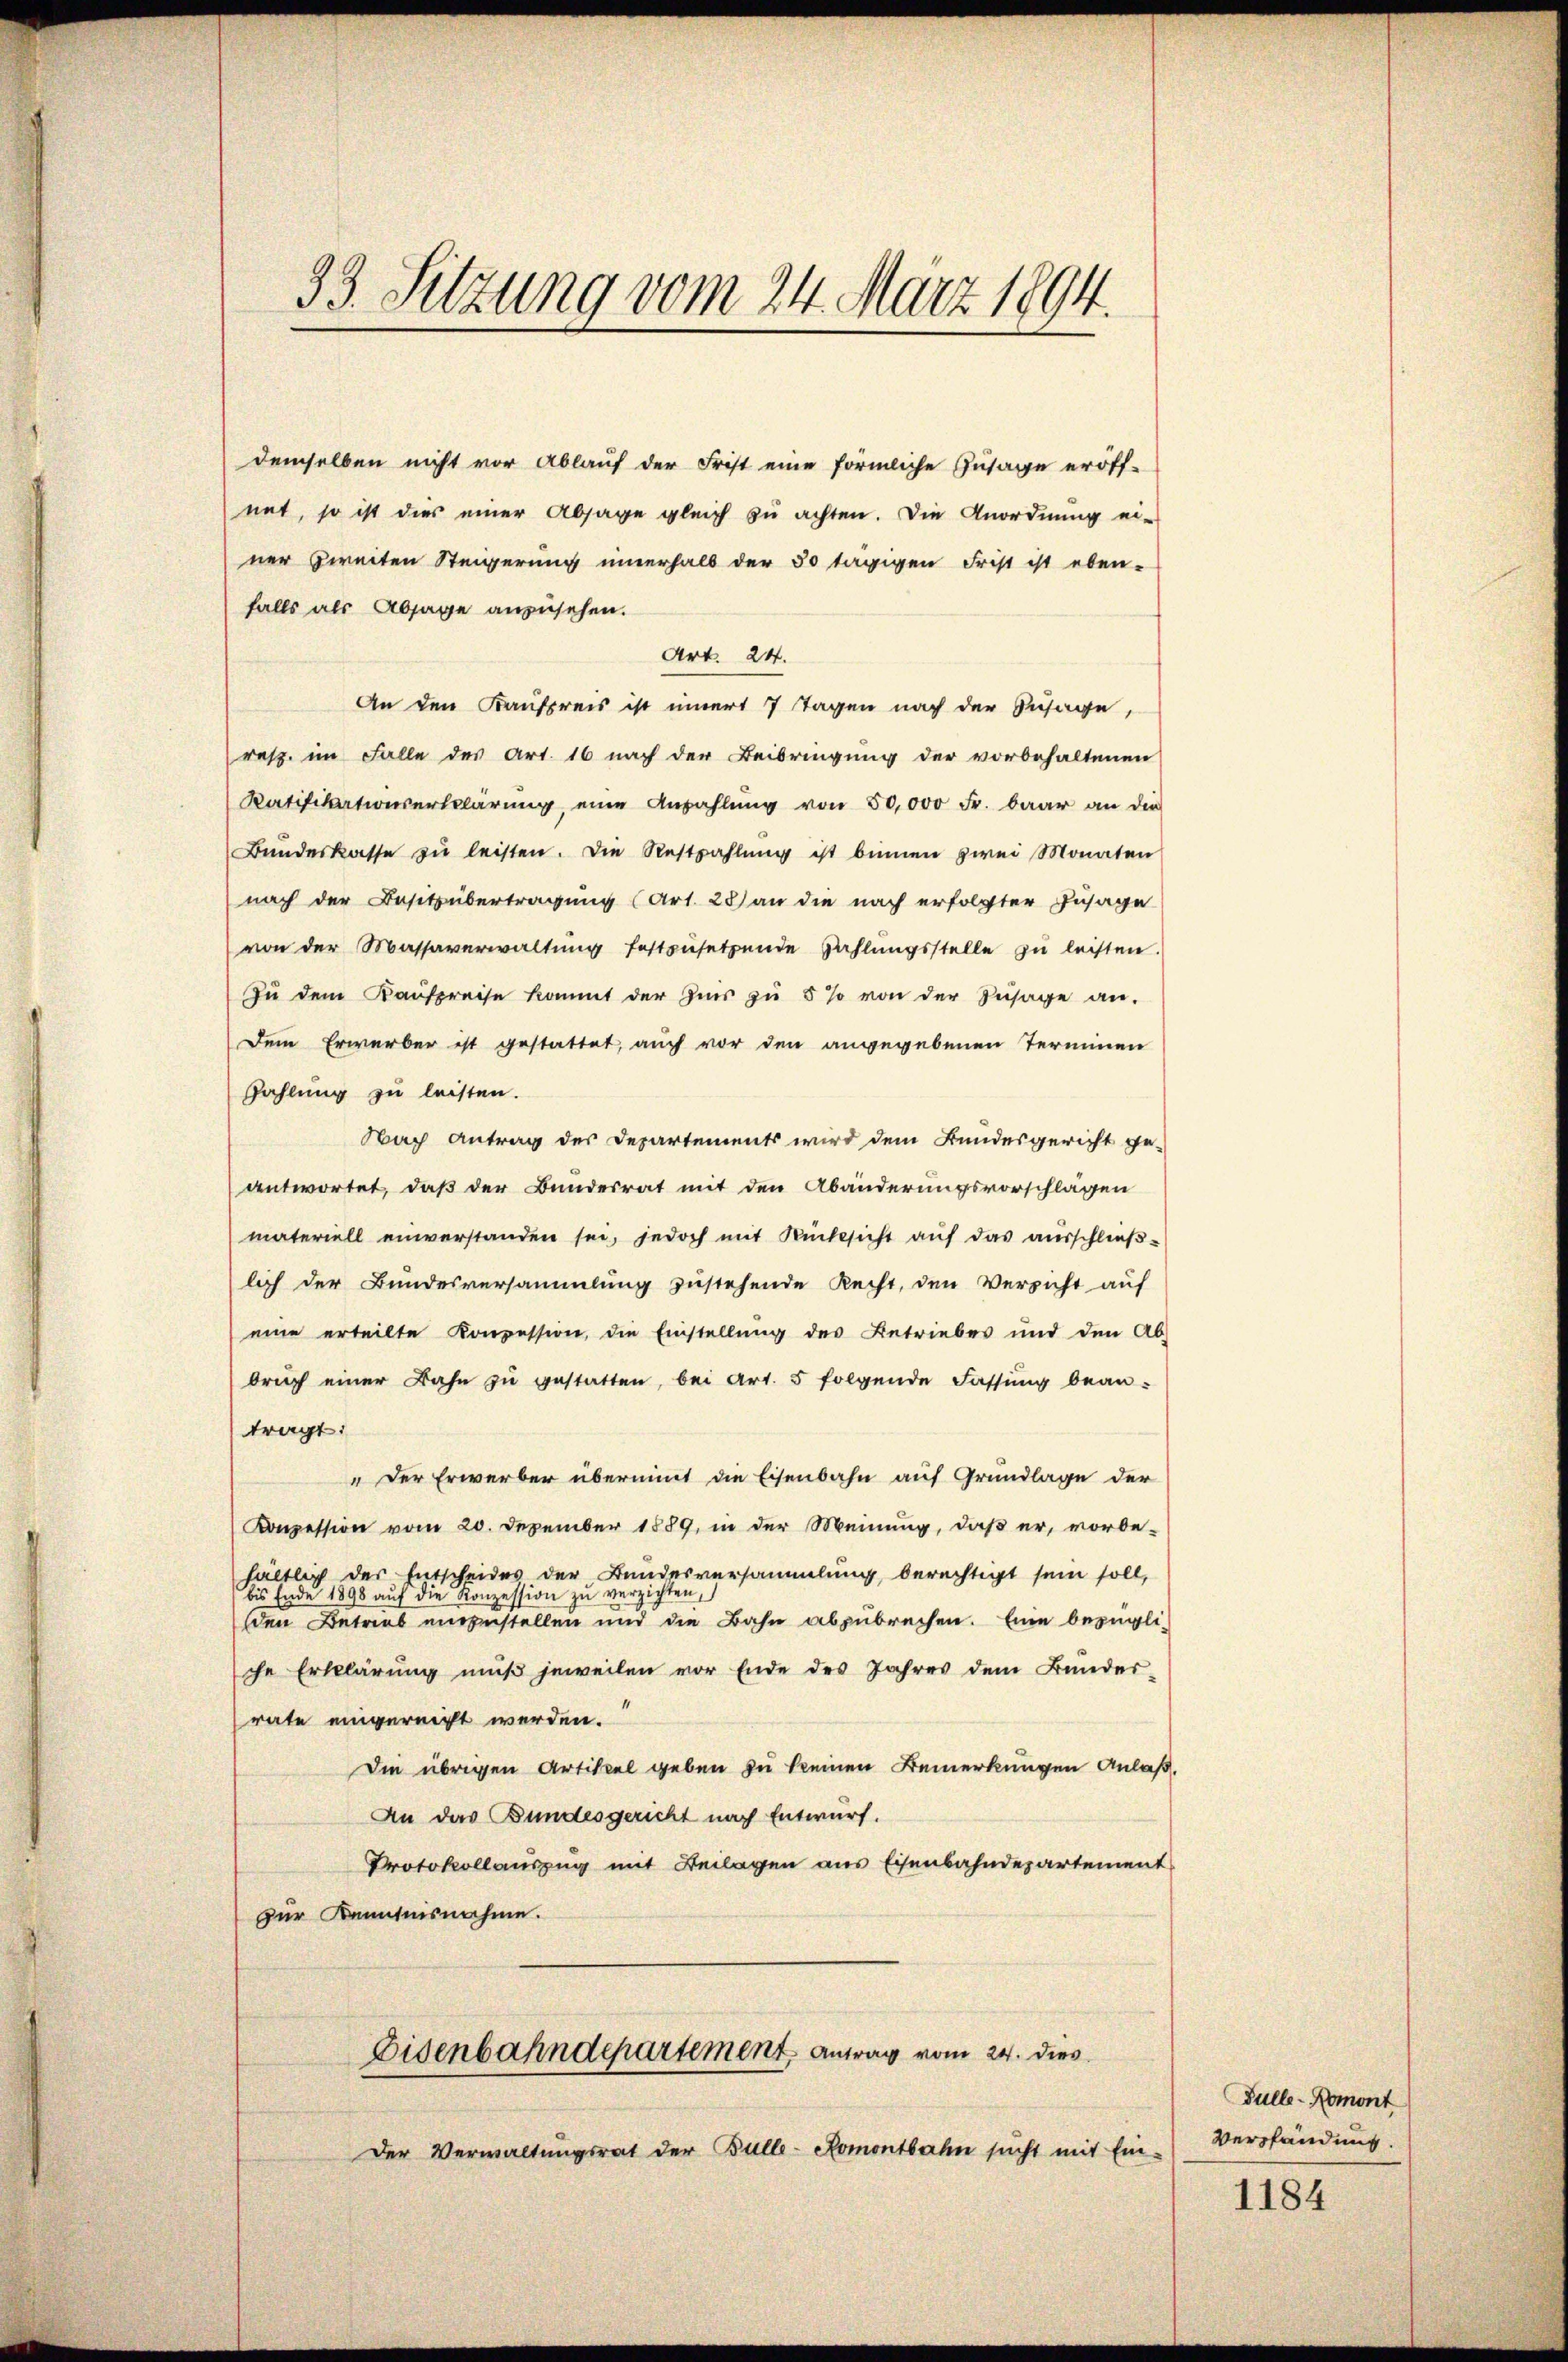
demselben nicht vor Ablauf der Frist eine förmliche Zusage eröff-
mit, so ist dies einer Absage gleich zu achten. Die Anordnung ei-
ner zweiten Steigerung innerhalb der 30 tägigen Frist ist eben-
falls als Absage anzusehen.
Art. 24.
An den Kaufpreis ist innert 7 Tagen nach der Zusage,
resp. im Falle des Art. 16 nach der Beibringung der vorbehaltenen
Ratifikationserklärŭng eine Anzahlŭng von 50,000 Fr. baar an die
Bŭndeskasse zŭ leisten. Die Restzahlŭng ist binnen zwei Monaten
nach der Besitzübertragung (Art. 28) an die nach erfolgter Zusage
von der Massaverwaltŭng festzŭsetzende Zahlŭngsstelle zŭ leisten.
Zŭ dem Kaŭfpreise kommt der Zins zŭ 5 % von der Zusage an.
Dem Erwerber ist gestattet, auch vor den angegebenen Terminen
Zahlung zu leisten.
Nach Antrag des Departements wird dem Bundesgericht ge-
antwortet, daß der Bundesrat mit den Abänderungsvorschlagen
materiell einverstanden sei, jedoch mit Rücksicht aŭf das ausschlieβ-
lich der Bundesversammlung zustehende Recht, den Versicht auf
eine erteilte Konzession, die Einstellung des Betriebes und den Ab-
brŭch einer Bahn zŭ gestatten, bei Art. 5 folgende Fassung bean-
tragt:
„Der Erwerber übernimmt die Eisenbahn auf Grundlage der
Konzession vom 20. Dezember 1889, in der Meinung, daß er, vorbe-
hältlich der Entscheides der Bundesversammlung, berechtigt sein soll,
bis Ende 1898 aŭf die Konzession zŭ verzichten,
den Betrieb einzustellen und die Bahn abzubrechen. Eine bezügli-
che Erklärung muß jeweilen vor Ende des Jahres dem Bunder-
rate eingereicht werden.
Die übrigen Artikel geben zu keinen Bemerkungen Anlaß.
An das Bundesgericht nach Entwurf.
Protokollauszug mit Beilagen aus Eisenbahndepartement
zur Kenntnisnahme.
Eisenbahndepartement Antrag vom 24. dies
Der Verwaltungsrat der Bulle-Romontbahn sucht mit Ein-

33. Sitzung vom 24. März 1894.

Fülle-Romont
Verpfändung.

1184